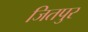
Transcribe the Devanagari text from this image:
जितपुर